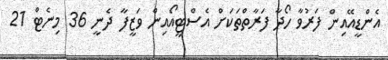
އެންޑީއޭއިން ފަރުވާ ހޯދާ ފަރާތްތަކަށް އެސްޓީއޯއިން ވަޒީފާ ދެނީ 36 މިނެޓް 21